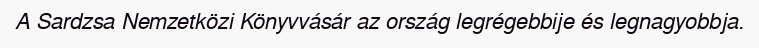
A Sardzsa Nemzetközi Könyvvásár az ország legrégebbije és legnagyobbja.